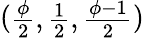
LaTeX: ({\begin{array}{l}{{\frac{\phi}{2}},{\frac{1}{2}},{\frac{\phi-1}{2}}}\end{array}})